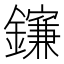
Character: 𨮄